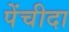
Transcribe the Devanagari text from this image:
पेंचीदा